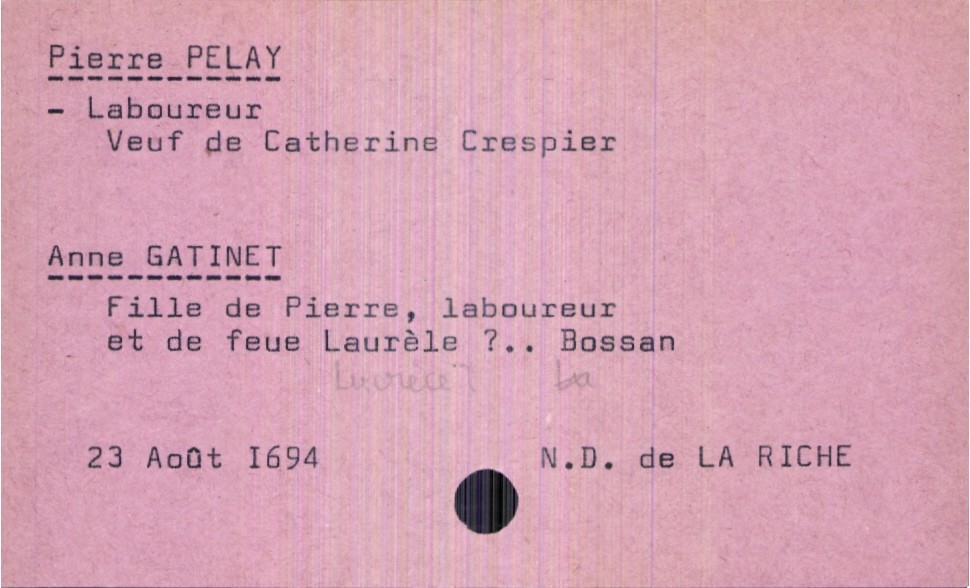
type_acte: Mariage
année: 1694
mois: août
jour: 23
paroisse: Notre Dame de La Riche
observations: Interrogation sur le prénom de la mère de la mariée : Laurèle ou Lucrèce ?
marié_nom: Pelay
marié_prénom: Pierre
marié_profession: laboureur
marié_statut: veuf
mariée_nom: Gatinet
mariée_prénom: Anne
père_mariée_nom: Gatinet
père_mariée_prénom: Pierre
père_mariée_profession: laboureur
mère_mariée_nom: Laurèle
mère_mariée_prénom: Bossan